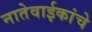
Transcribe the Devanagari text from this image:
नातेवाईकांचे